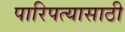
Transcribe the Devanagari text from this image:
पारिपत्यासाठी